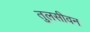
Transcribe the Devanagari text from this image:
तुलसीवन